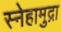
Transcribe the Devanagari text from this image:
स्नेहामुद्रा